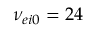
\nu _ { e i 0 } = 2 4